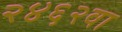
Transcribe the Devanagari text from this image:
२४६२वा